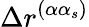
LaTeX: \Delta r^{(\alpha\alpha_{s})}